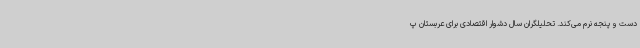
دست و پنجه نرم می‌کند. تحلیلگران سال دشوار اقتصادی برای عربستان پ